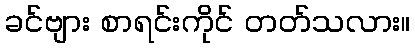
ခင်ဗျား စာရင်းကိုင် တတ်သလား။